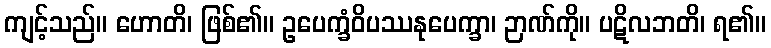
ကျင့်သည်။ ဟောတိ၊ ဖြစ်၏။ ဥပေက္ခံဝိပဿနုပေက္ခာ၊ ဉာဏ်ကို။ ပဋိလဘတိ၊ ရ၏။